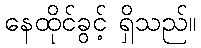
နေထိုင်ခွင့် ရှိသည်။